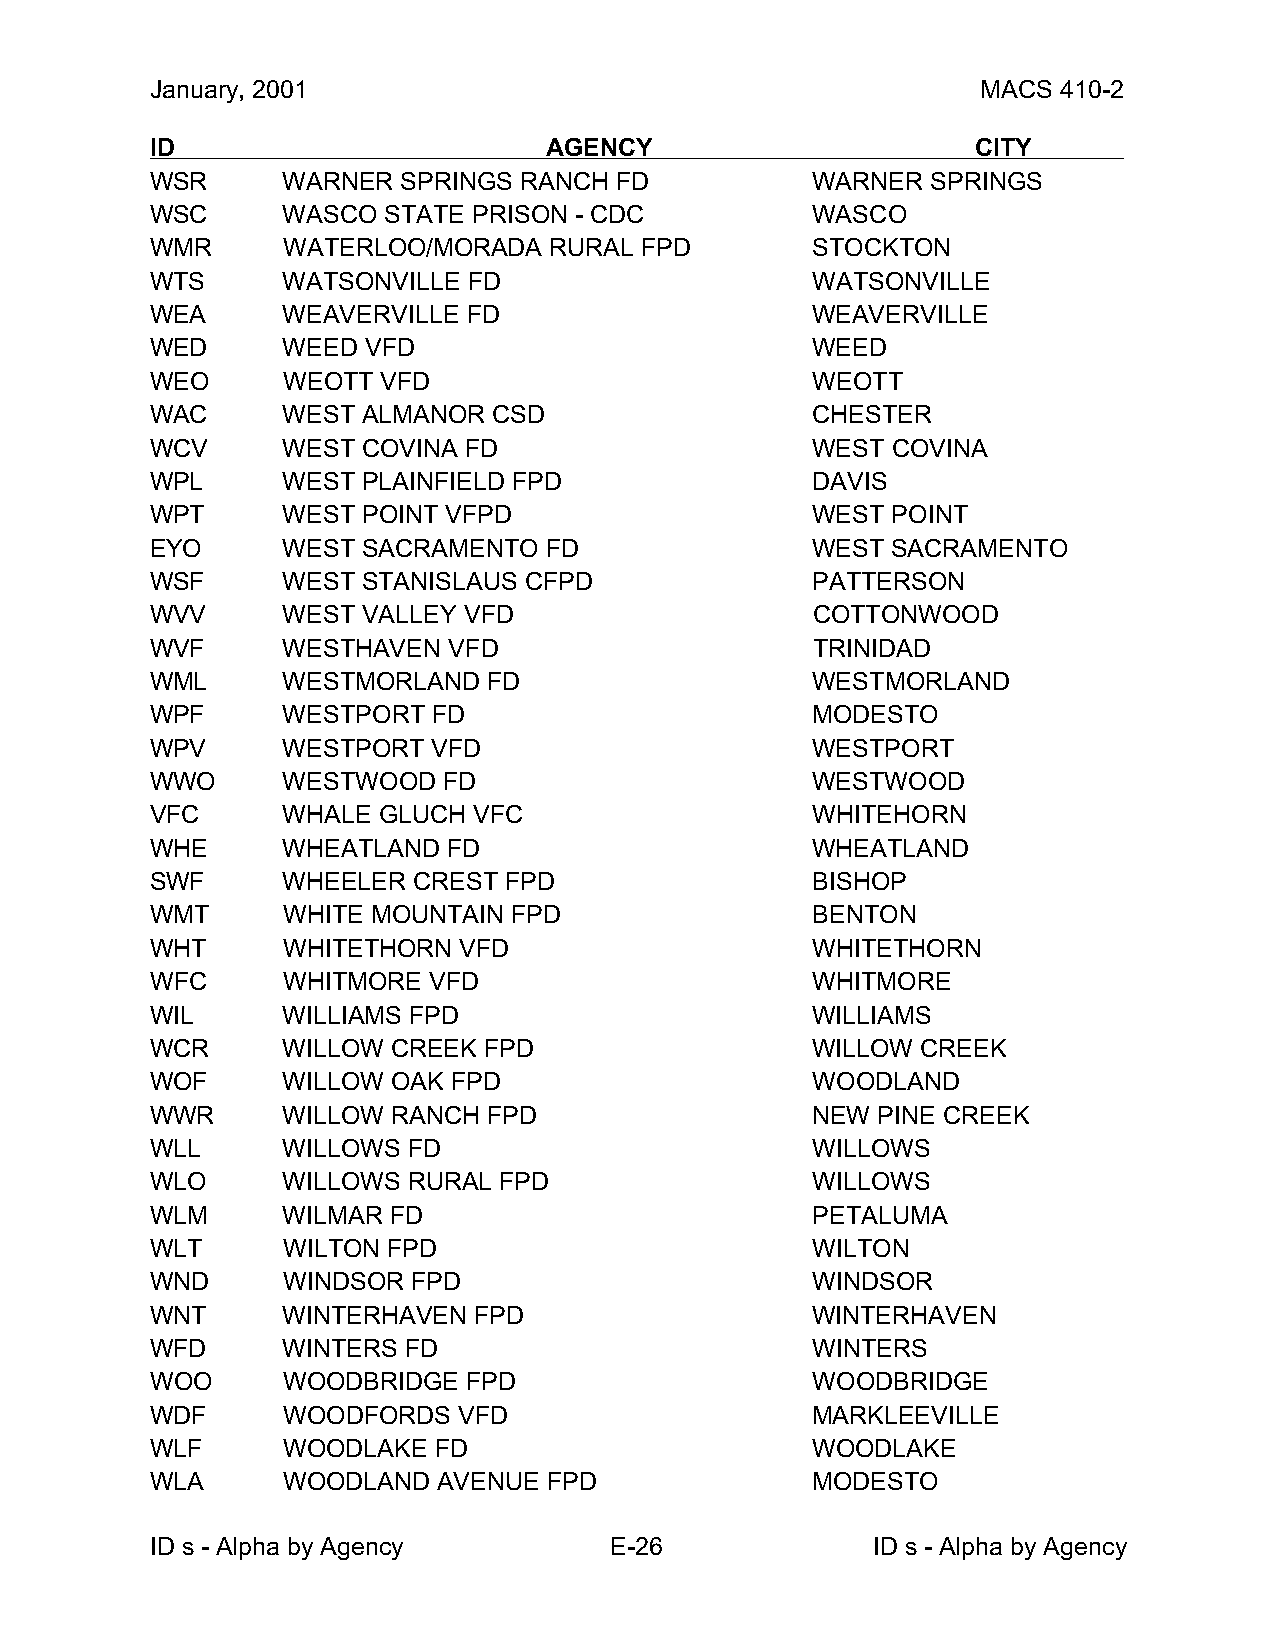
January, 2001                                          MACS 410-2
 ID                        AGENCY                       CITY
 WSR      WARNER  SPRINGS RANCH FD           WARNER  SPRINGS
 WSC      WASCO STATE PRISON - CDC           WASCO
 WMR      WATERLOO/MORADA  RURAL FPD         STOCKTON
 WTS      WATSONVILLE FD                     WATSONVILLE
 WEA      WEAVERVILLE FD                     WEAVERVILLE
 WED      WEED VFD                           WEED
 WEO      WEOTT VFD                          WEOTT
 WAC      WEST ALMANOR  CSD                  CHESTER
 WCV      WEST COVINA FD                     WEST COVINA
 WPL      WEST PLAINFIELD FPD                DAVIS
 WPT      WEST POINT VFPD                    WEST POINT
 EYO      WEST SACRAMENTO  FD                WEST SACRAMENTO
 WSF      WEST STANISLAUS CFPD               PATTERSON
 WVV      WEST VALLEY VFD                    COTTONWOOD
 WVF      WESTHAVEN  VFD                     TRINIDAD
 WML      WESTMORLAND  FD                    WESTMORLAND
 WPF      WESTPORT  FD                       MODESTO
 WPV      WESTPORT  VFD                      WESTPORT
 WWO      WESTWOOD  FD                       WESTWOOD
 VFC      WHALE GLUCH VFC                    WHITEHORN
 WHE      WHEATLAND  FD                      WHEATLAND
 SWF      WHEELER CREST FPD                  BISHOP
 WMT      WHITE MOUNTAIN FPD                 BENTON
 WHT      WHITETHORN VFD                     WHITETHORN
 WFC      WHITMORE VFD                       WHITMORE
 WIL      WILLIAMS FPD                       WILLIAMS
 WCR      WILLOW CREEK FPD                   WILLOW CREEK
 WOF      WILLOW OAK FPD                     WOODLAND
 WWR      WILLOW RANCH FPD                   NEW PINE CREEK
 WLL      WILLOWS FD                         WILLOWS
 WLO      WILLOWS RURAL FPD                  WILLOWS
 WLM      WILMAR FD                          PETALUMA
 WLT      WILTON FPD                         WILTON
 WND      WINDSOR FPD                        WINDSOR
 WNT      WINTERHAVEN FPD                    WINTERHAVEN
 WFD      WINTERS FD                         WINTERS
 WOO      WOODBRIDGE  FPD                    WOODBRIDGE
 WDF      WOODFORDS  VFD                     MARKLEEVILLE
 WLF      WOODLAKE  FD                       WOODLAKE
 WLA      WOODLAND  AVENUE FPD               MODESTO
 ID s - Alpha by Agency        E-26              ID s - Alpha by Agency